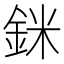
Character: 銤